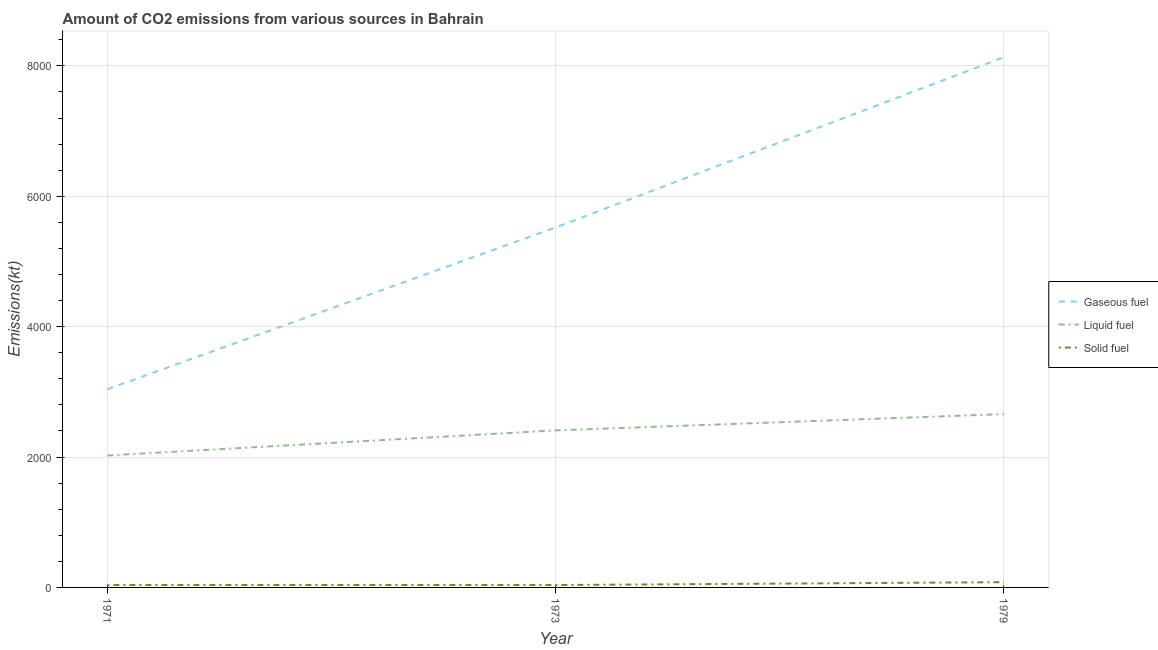
| Year | Gaseous fuel | Liquid fuel | Solid fuel |
 | --- | --- | --- | --- |
 | 1971 | 3.04e+03 | 2.02e+03 | 36.7 |
 | 1973 | 5.52e+03 | 2.41e+03 | 36.7 |
 | 1979 | 8.13e+03 | 2.66e+03 | 80.7 |